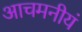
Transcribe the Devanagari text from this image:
आचमनीयं